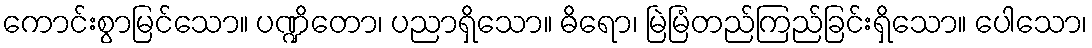
ကောင်းစွာမြင်သော။ ပဏ္ဍိတော၊ ပညာရှိသော။ ဓိရော၊ မြဲမြံတည်ကြည်ခြင်းရှိသော။ ပေါသော၊